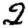
Digit: 2